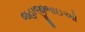
જહાજીભાઇઓ